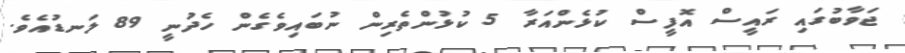
ޖަވާބުގައި ރައީސް އޮފީސް ކުޅެންއަރާ 5 ކުޅުންތެރިން ނުބައިވެގެން ހެދުނީ 89 ލަނޑުއެވެ.